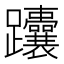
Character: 𬧟